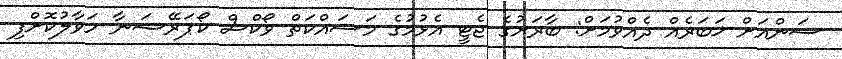
ސަންއަށް ޚަބަރެއް ދެއްވުމަށް: ބާރަށުގެ ޖެޓީ އެޅުމުގެ މަސައްކަތް ވޯކްސް ކޯޕަރޭޝަނާ ހަވާލުކޮށްފި